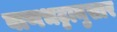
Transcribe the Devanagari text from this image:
बाणभट्टानुसार